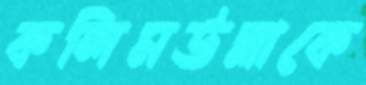
কলিমউল্লাকে